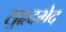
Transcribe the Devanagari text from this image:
सुहृदभेद